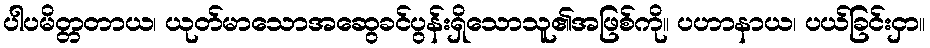
ပါပမိတ္တတာယ၊ ယုတ်မာသောအဆွေခင်ပွန်းရှိသောသူ၏အဖြစ်ကို။ ပဟာနာယ၊ ပယ်ခြင်းငှာ။